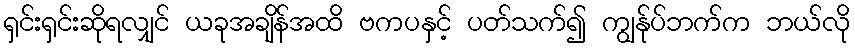
ရှင်းရှင်းဆိုရလျှင် ယခုအချိန်အထိ ဗကပနှင့် ပတ်သက်၍ ကျွန်ုပ်ဘက်က ဘယ်လို